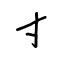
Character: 寸